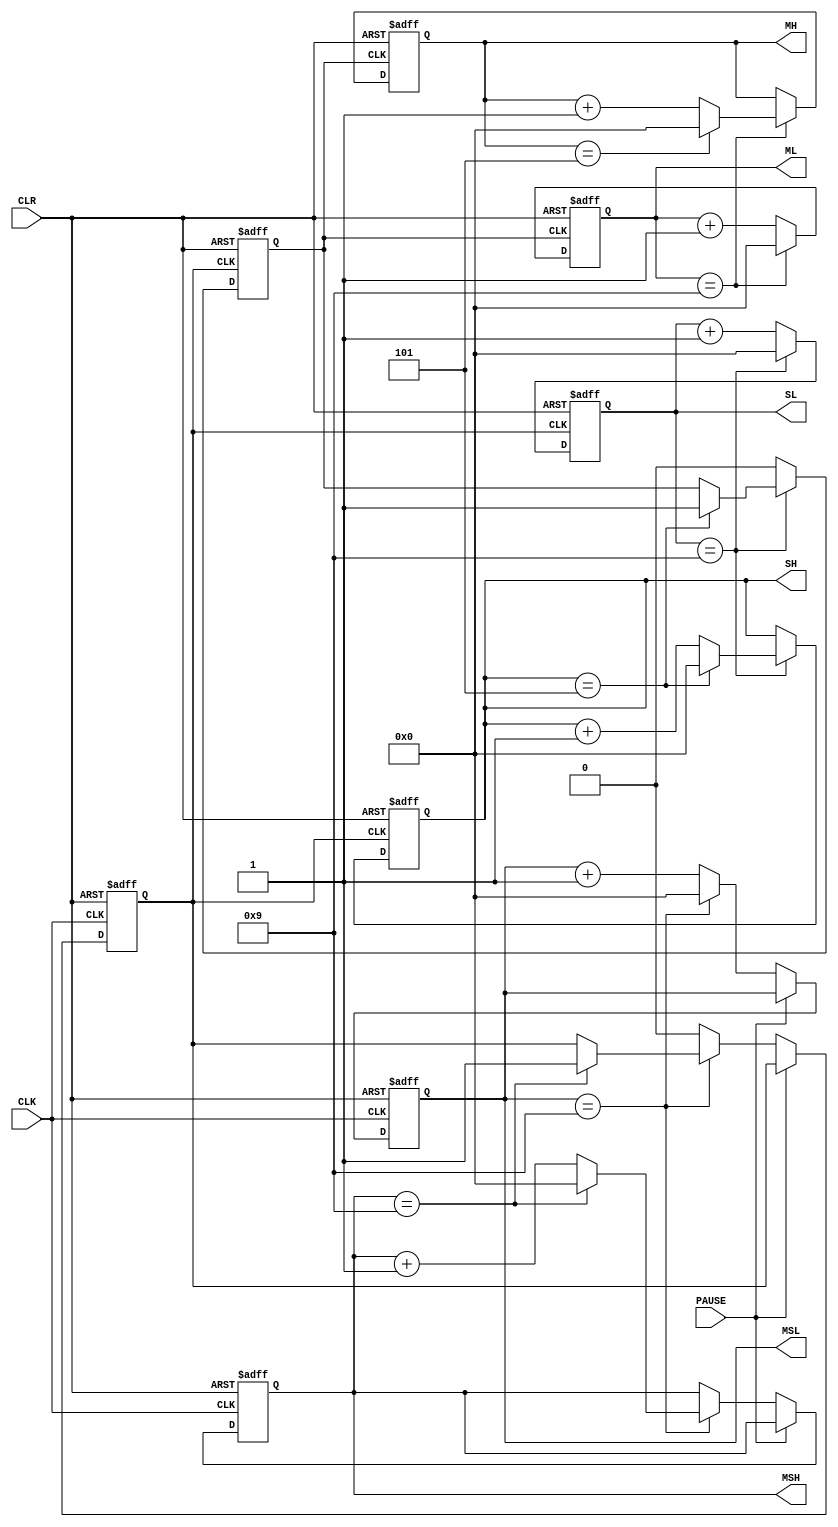
/*
The following drivers conflict:
line21
line44 
*/
module paobiao(CLK,CLR,PAUSE,MSH,MSL,SH,SL,MH,ML);
input CLK,CLR;
input PAUSE;
output[3:0] MSH,MSL,SH,SL,MH,ML;
reg[3:0] MSH,MSL,SH,SL,MH,ML;
reg[1:0] MSH_T [3:0];
integer j,i; 
reg cn1,cn2; //cn1 cn2 
//100cn1 
always @(posedge CLK or posedge CLR)
begin
if(CLR) begin //
{MSH,MSL}<=8'h00;
for (j=0; j<2; j=j+1)
for (i=0; i<4; i=i+1)
MSH_T[j][i]<=MSH;
cn1<=0;
end
else if(!PAUSE) //PAUSE 0 1 
begin
if(MSL==9) begin
MSL<=0;
if(MSH==9)
begin MSH<=0; cn1<=1; end
else MSH<=MSH+1;
end
else begin
MSL<=MSL+1; cn1<=0;
end
end
end
//60cn2 
always @(posedge cn1 or posedge CLR)
begin
if(CLR) begin //
{SH,SL}<=8'h01;
for (j=0; j<2; j=j+1)
for (i=j+1; i<4; i=i+1)
MSH_T[j][i]<=SH;
cn2<=0;
end
else if(SL==9) //9
begin
SL<=0;
if(SH==5) begin SH<=0; cn2<=1; end
else SH<=SH+1;
end
else
begin SL<=SL+1; cn2<=0; end
end
//60
always @(posedge cn2 or posedge CLR)
begin
if(CLR)
begin {MH,ML}<=8'h00; end //
else if(ML==9) begin
ML<=0;
if(MH==5) MH<=0;
else MH<=MH+1;
end
else ML<=ML+1;
end
endmodule